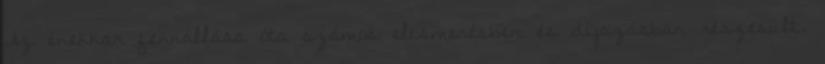
Az énekkar fennállása óta számos elismerésben és díjazásban részesült.